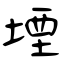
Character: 堙